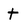
Character: t